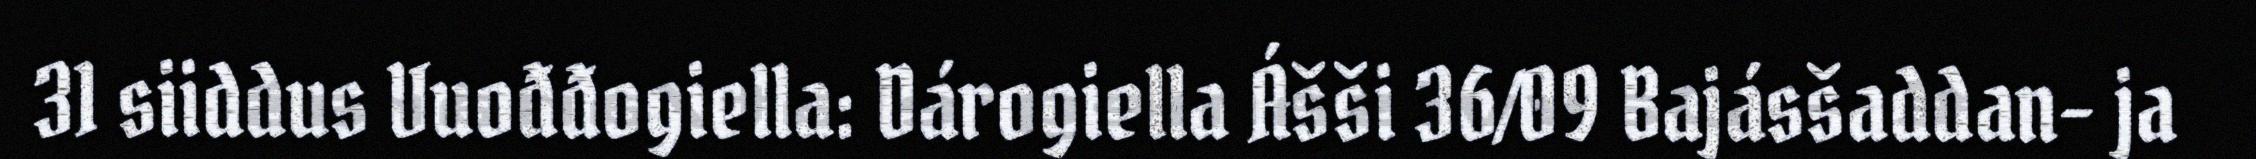
31 siiddus Vuođđogiella: Dárogiella Ášši 36/09 Bajásšaddan- ja